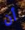
أن